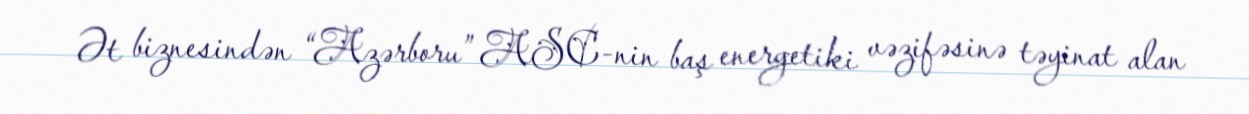
Ət biznesindən “Azərboru” ASC-nin baş energetiki vəzifəsinə təyinat alan